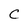
Character: C